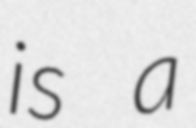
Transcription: is a